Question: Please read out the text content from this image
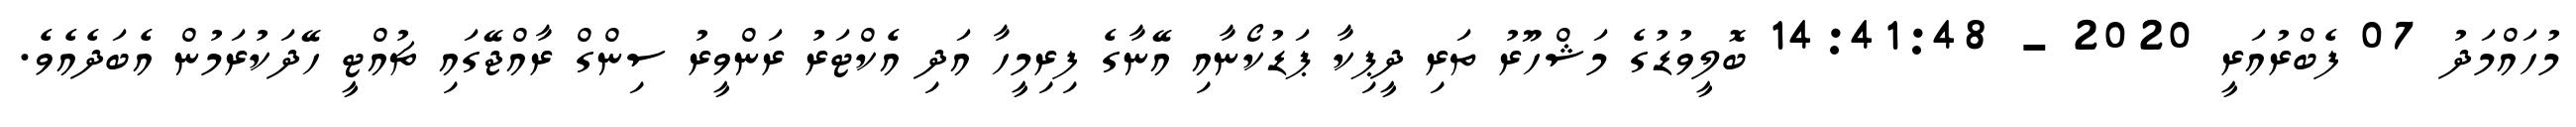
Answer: މުހައްމަދު 07 ފެބްރުއަރީ 2020 - 14:41:48 ބޮލީވުޑުގެ މަޝްހޫރު ތަރި ދީޕިކާ ޕަޑުކޯނާއި އޭނާގެ ފިރިމީހާ އަދި އެކްޓަރު ރަންވީރު ސިންގް ރާއްޖޭގައި ޗުއްޓީ ހޭދަކުރަމުން އެބަދެއެވެ.